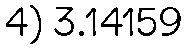
4) 3.14159